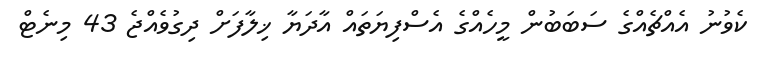
ކެވުނު އެއްޗެއްގެ ސަބަބުން މީހެއްގެ އެސްފިޔަތައް އާދަޔާ ޚިލާފަށް ދިގުވެއްޖެ 43 މިނެޓް